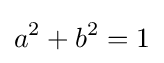
a^{2}+b^{2}=1